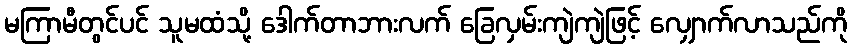
မကြာမီတွင်ပင် သူမထံသို့ ဒေါက်တာဘားလက် ခြေလှမ်းကျဲကျဲဖြင့် လျှောက်လာသည်ကို